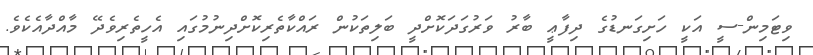
ވިޓަމިން-ސީ އަކީ ހަށިގަނޑުގެ ދިފާޢީ ބާރު ވަރުގަދަކޮށްދީ ބަލިތަކުން ރައްކާތެރިކޮށްދިނުމުގައި އެހީތެރިވެދޭ މާއްދާއެކެވެ.